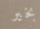
بخير